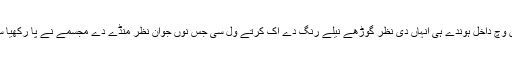
ایس وچ داخل ہوندے ہی انہاں دی نظر گوڑھے نیلے رنگ دے اک کُرتے ول سی جس نوں جوان نظر مُنڈے دے مجسمے نے پا رکھیا سی۔